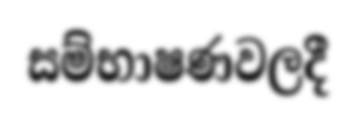
සම්භාෂණවලදී